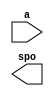
module LUT_64_9_decoder(
  a,
  spo
);

input [5 : 0] a;
output [3 : 0] spo;

// synthesis translate_off

  DIST_MEM_GEN_V7_1 #(
    .C_ADDR_WIDTH(6),
    .C_DEFAULT_DATA("0"),
    .C_DEPTH(64),
    .C_FAMILY("virtex7"),
    .C_HAS_CLK(0),
    .C_HAS_D(0),
    .C_HAS_DPO(0),
    .C_HAS_DPRA(0),
    .C_HAS_I_CE(0),
    .C_HAS_QDPO(0),
    .C_HAS_QDPO_CE(0),
    .C_HAS_QDPO_CLK(0),
    .C_HAS_QDPO_RST(0),
    .C_HAS_QDPO_SRST(0),
    .C_HAS_QSPO(0),
    .C_HAS_QSPO_CE(0),
    .C_HAS_QSPO_RST(0),
    .C_HAS_QSPO_SRST(0),
    .C_HAS_SPO(1),
    .C_HAS_SPRA(0),
    .C_HAS_WE(0),
    .C_MEM_INIT_FILE("LUT_64_9_decoder.mif"),
    .C_MEM_TYPE(0),
    .C_PARSER_TYPE(1),
    .C_PIPELINE_STAGES(0),
    .C_QCE_JOINED(0),
    .C_QUALIFY_WE(0),
    .C_READ_MIF(1),
    .C_REG_A_D_INPUTS(0),
    .C_REG_DPRA_INPUT(0),
    .C_SYNC_ENABLE(1),
    .C_WIDTH(4)
  )
  inst (
    .A(a),
    .SPO(spo),
    .D(),
    .DPRA(),
    .SPRA(),
    .CLK(),
    .WE(),
    .I_CE(),
    .QSPO_CE(),
    .QDPO_CE(),
    .QDPO_CLK(),
    .QSPO_RST(),
    .QDPO_RST(),
    .QSPO_SRST(),
    .QDPO_SRST(),
    .DPO(),
    .QSPO(),
    .QDPO()
  );

// synthesis translate_on

endmodule